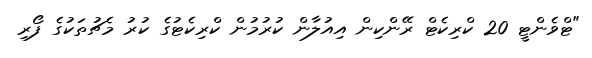
"ޓްވެންޓީ 20 ކްރިކެޓް ރޭންކިން އިއުލާން ކުރުމުން ކްރިކެޓުގެ ކުރު މެޗުތަކުގެ ފޯރި